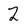
Character: 2